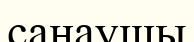
санаушы